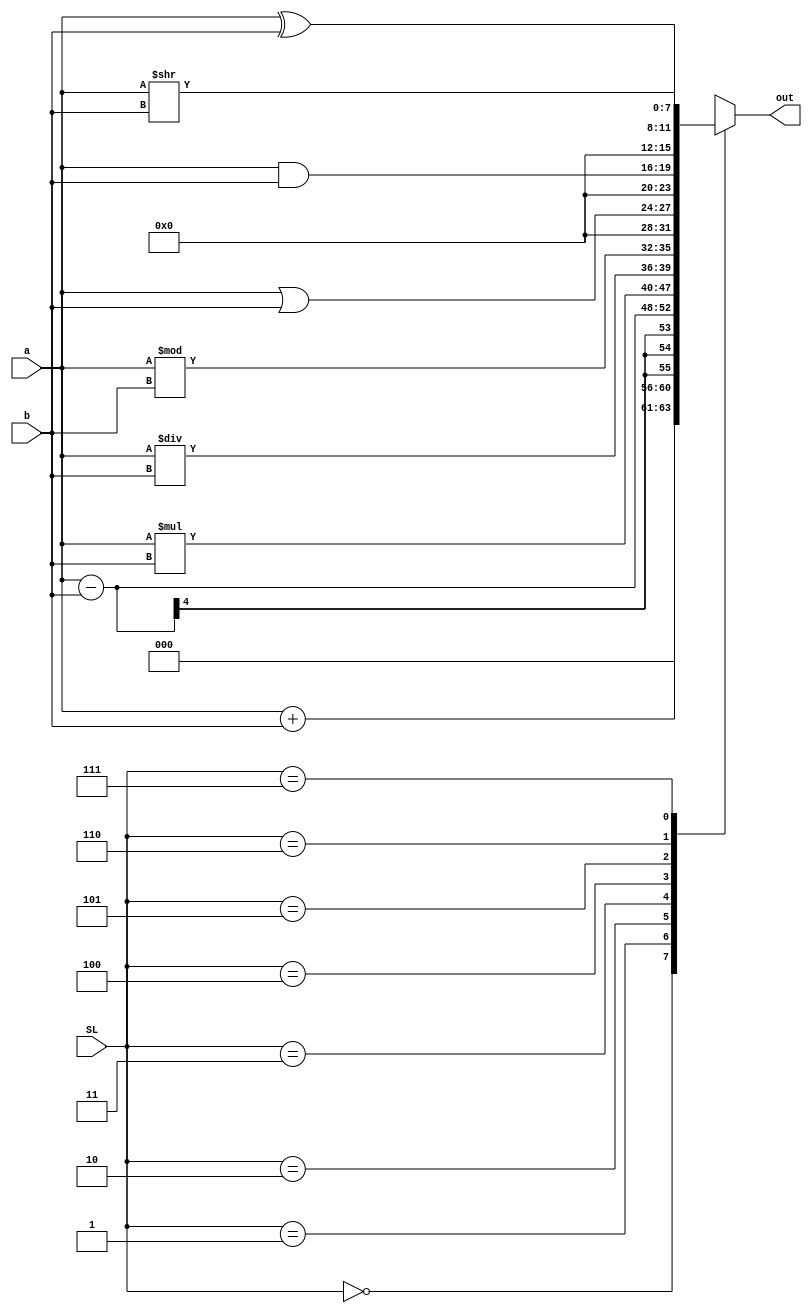
//TOP MODULE
module alu_v(
    input [3:0] a,b,
    input [2:0] SL,
    output[7:0] out
  );

reg [7:0] an;
reg [3:0] q,r;

assign out = an; 

always@(*)  
case(SL)
   0 :  begin
          an = a + b;
          end
   1 :  begin
         an =  a - b;
         end
   2 : begin 
         an = a * b;  
        end  
   3 : begin
        q = a / b;
        r = a % b;
        an = {q,r};
        #4;
        q = 4'bxxxx;
        r = 4'bxxxx;
        end
   4 : begin 
         an = a | b;  
        end 
   5 : begin 
         an = a & b;  
        end  
   6 : begin 
         an = a ^ b;  
        end  
   7 : begin 
         an = a << b;
         #2.5;
         an = a >> b;
        end       
endcase

endmodule